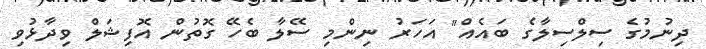
ދިނުމުގެ ސިލްސިލާގެ ބައެއް" އަހަރު ނިންމި ސޭލާ ބެހޭ ގޮތުން އޮފިޝަލް ވިދާޅުވި